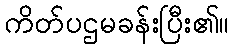
ကိတ်ပဌမခန်းပြီး၏။